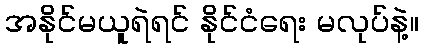
အနိုင်မယူရဲရင် နိုင်ငံရေး မလုပ်နဲ့။